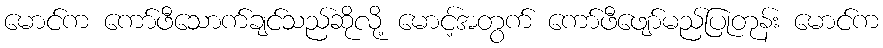
မောင်က ကော်ဖီသောက်ချင်သည်ဆိုလို့ မောင့်အတွက် ကော်ဖီဖျော်မည်ပြုတုန်း မောင်က